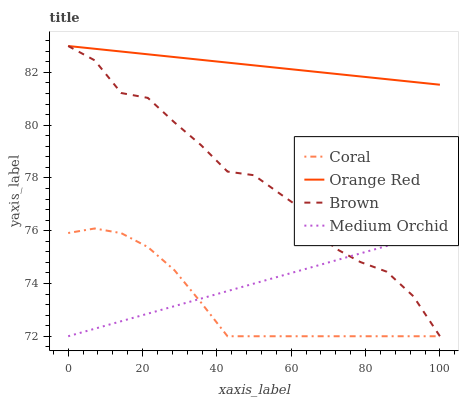
| xaxis_label | Coral | Orange Red | Brown | Medium Orchid |
 | --- | --- | --- | --- | --- |
 | 0 | 75.9 | 83 | 83 | 72 |
 | 7.14 | 76.1 | 82.9 | 82.5 | 72.3 |
 | 14.3 | 75.9 | 82.8 | 81.2 | 72.6 |
 | 21.4 | 75.4 | 82.7 | 81 | 72.9 |
 | 28.6 | 74.5 | 82.6 | 80.1 | 73.1 |
 | 35.7 | 73.3 | 82.5 | 79.2 | 73.4 |
 | 42.9 | 72 | 82.4 | 78.2 | 73.7 |
 | 50 | 72 | 82.3 | 78.1 | 74 |
 | 57.1 | 72 | 82.2 | 77.4 | 74.3 |
 | 64.3 | 72 | 82.1 | 76.7 | 74.6 |
 | 71.4 | 72 | 82 | 75.4 | 74.9 |
 | 78.6 | 72 | 81.8 | 74.8 | 75.1 |
 | 85.7 | 72 | 81.7 | 74.4 | 75.4 |
 | 92.9 | 72 | 81.6 | 73.5 | 75.7 |
 | 100 | 72 | 81.5 | 72 | 76 |